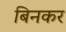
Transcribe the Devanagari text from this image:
बिनकर